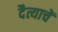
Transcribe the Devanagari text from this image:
दैत्याचें